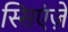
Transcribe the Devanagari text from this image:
स्सिएंज़े